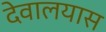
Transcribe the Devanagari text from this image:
देवालयास